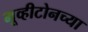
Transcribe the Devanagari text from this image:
मूव्हीटोनच्या